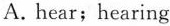
A. hear;hearing